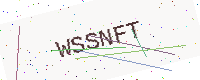
Text: WSSNFT